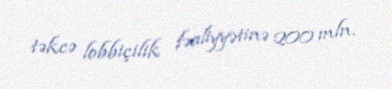
təkcə lobbiçilik fəaliyyətinə 200 mln.